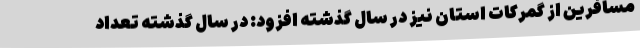
مسافرین از گمرکات استان نیز در سال گذشته افزود: در سال گذشته تعداد